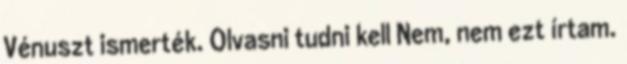
Vénuszt ismerték. Olvasni tudni kell Nem, nem ezt írtam.